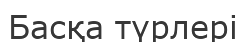
Басқа түрлері